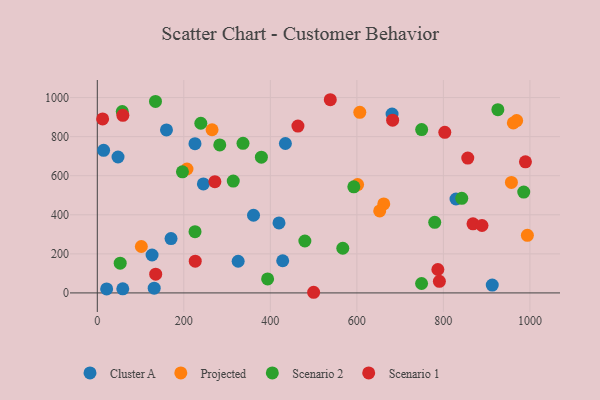
{"axis": {"x": "Speed", "y": "Salary"}, "legend": ["Cluster A", "Projected", "Scenario 1", "Scenario 2"], "data": [{"x": "225.8", "y": 764.1, "type": "Cluster A"}, {"x": "159.9", "y": 834.6, "type": "Cluster A"}, {"x": "245.2", "y": 557.8, "type": "Cluster A"}, {"x": "913.0", "y": 40.3, "type": "Cluster A"}, {"x": "428.6", "y": 164.7, "type": "Cluster A"}, {"x": "361.1", "y": 397.5, "type": "Cluster A"}, {"x": "325.6", "y": 162.2, "type": "Cluster A"}, {"x": "21.6", "y": 20.7, "type": "Cluster A"}, {"x": "58.9", "y": 21.2, "type": "Cluster A"}, {"x": "126.6", "y": 194.1, "type": "Cluster A"}, {"x": "170.4", "y": 278.0, "type": "Cluster A"}, {"x": "47.9", "y": 695.9, "type": "Cluster A"}, {"x": "829.2", "y": 480.8, "type": "Cluster A"}, {"x": "420.0", "y": 358.2, "type": "Cluster A"}, {"x": "131.5", "y": 24.3, "type": "Cluster A"}, {"x": "434.8", "y": 764.9, "type": "Cluster A"}, {"x": "14.6", "y": 730.0, "type": "Cluster A"}, {"x": "681.4", "y": 915.6, "type": "Cluster A"}, {"x": "601.7", "y": 554.4, "type": "Projected"}, {"x": "969.4", "y": 882.1, "type": "Projected"}, {"x": "101.8", "y": 237.7, "type": "Projected"}, {"x": "606.8", "y": 924.3, "type": "Projected"}, {"x": "957.3", "y": 565.4, "type": "Projected"}, {"x": "265.3", "y": 835.2, "type": "Projected"}, {"x": "207.3", "y": 634.3, "type": "Projected"}, {"x": "994.2", "y": 295.0, "type": "Projected"}, {"x": "662.2", "y": 455.7, "type": "Projected"}, {"x": "652.8", "y": 419.9, "type": "Projected"}, {"x": "961.7", "y": 870.0, "type": "Projected"}, {"x": "567.5", "y": 228.8, "type": "Scenario 2"}, {"x": "393.7", "y": 71.6, "type": "Scenario 2"}, {"x": "196.8", "y": 620.0, "type": "Scenario 2"}, {"x": "926.0", "y": 938.2, "type": "Scenario 2"}, {"x": "314.3", "y": 572.3, "type": "Scenario 2"}, {"x": "842.5", "y": 484.5, "type": "Scenario 2"}, {"x": "283.1", "y": 757.7, "type": "Scenario 2"}, {"x": "57.7", "y": 928.5, "type": "Scenario 2"}, {"x": "479.8", "y": 265.9, "type": "Scenario 2"}, {"x": "749.6", "y": 48.2, "type": "Scenario 2"}, {"x": "593.0", "y": 542.9, "type": "Scenario 2"}, {"x": "749.8", "y": 836.0, "type": "Scenario 2"}, {"x": "379.3", "y": 694.9, "type": "Scenario 2"}, {"x": "134.5", "y": 980.5, "type": "Scenario 2"}, {"x": "239.3", "y": 868.5, "type": "Scenario 2"}, {"x": "780.0", "y": 361.2, "type": "Scenario 2"}, {"x": "336.8", "y": 765.7, "type": "Scenario 2"}, {"x": "225.9", "y": 313.7, "type": "Scenario 2"}, {"x": "985.8", "y": 516.1, "type": "Scenario 2"}, {"x": "52.9", "y": 152.3, "type": "Scenario 2"}, {"x": "787.3", "y": 120.0, "type": "Scenario 1"}, {"x": "803.3", "y": 821.9, "type": "Scenario 1"}, {"x": "59.1", "y": 909.3, "type": "Scenario 1"}, {"x": "868.5", "y": 353.9, "type": "Scenario 1"}, {"x": "135.0", "y": 95.8, "type": "Scenario 1"}, {"x": "271.8", "y": 569.5, "type": "Scenario 1"}, {"x": "500.1", "y": 3.3, "type": "Scenario 1"}, {"x": "463.8", "y": 854.1, "type": "Scenario 1"}, {"x": "989.7", "y": 671.3, "type": "Scenario 1"}, {"x": "889.3", "y": 345.1, "type": "Scenario 1"}, {"x": "856.4", "y": 690.2, "type": "Scenario 1"}, {"x": "790.8", "y": 59.5, "type": "Scenario 1"}, {"x": "12.3", "y": 890.5, "type": "Scenario 1"}, {"x": "538.6", "y": 989.0, "type": "Scenario 1"}, {"x": "682.7", "y": 884.1, "type": "Scenario 1"}, {"x": "226.4", "y": 162.6, "type": "Scenario 1"}]}